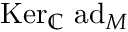
\mathrm { K e r } _ { \mathbb { C } } \ \mathrm { a d } _ { M }